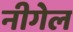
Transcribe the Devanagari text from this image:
नीगेल